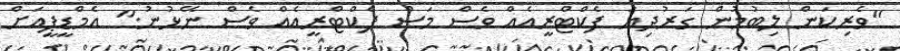
"ވެރިކަން ލިބުމުން ގަރުދިޔަ ފެކްޓްރީއެއް ވެސް މަސް ފެކްޓްރީއެއް ވެސް ނޭޅުނު." އެމްޑީޕީއަށް